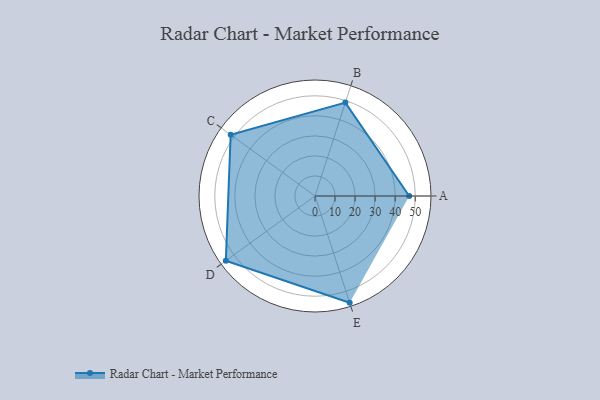
{"axis": {"x": "Skill", "y": "Score"}, "legend": ["Profile"], "data": [{"x": "A", "y": 47.0, "type": "Profile"}, {"x": "B", "y": 49.0, "type": "Profile"}, {"x": "C", "y": 52.0, "type": "Profile"}, {"x": "D", "y": 55.0, "type": "Profile"}, {"x": "E", "y": 56.0, "type": "Profile"}]}